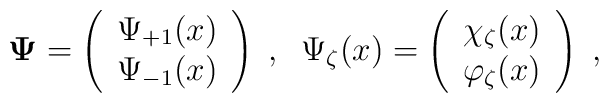
\mbox{\boldmath$\Psi$\unboldmath}=\left( \begin{array}{c}\Psi _{+1}(x) \\ \Psi _{-1}(x)\end{array}\right) \;,\;\;\Psi _{\zeta }(x)=\left( \begin{array}{c}\chi _{\zeta }(x) \\ \varphi _{\zeta }(x)\end{array}\right) \;,